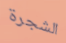
الشجرة